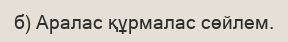
б) Аралас құрмалас сөйлем.